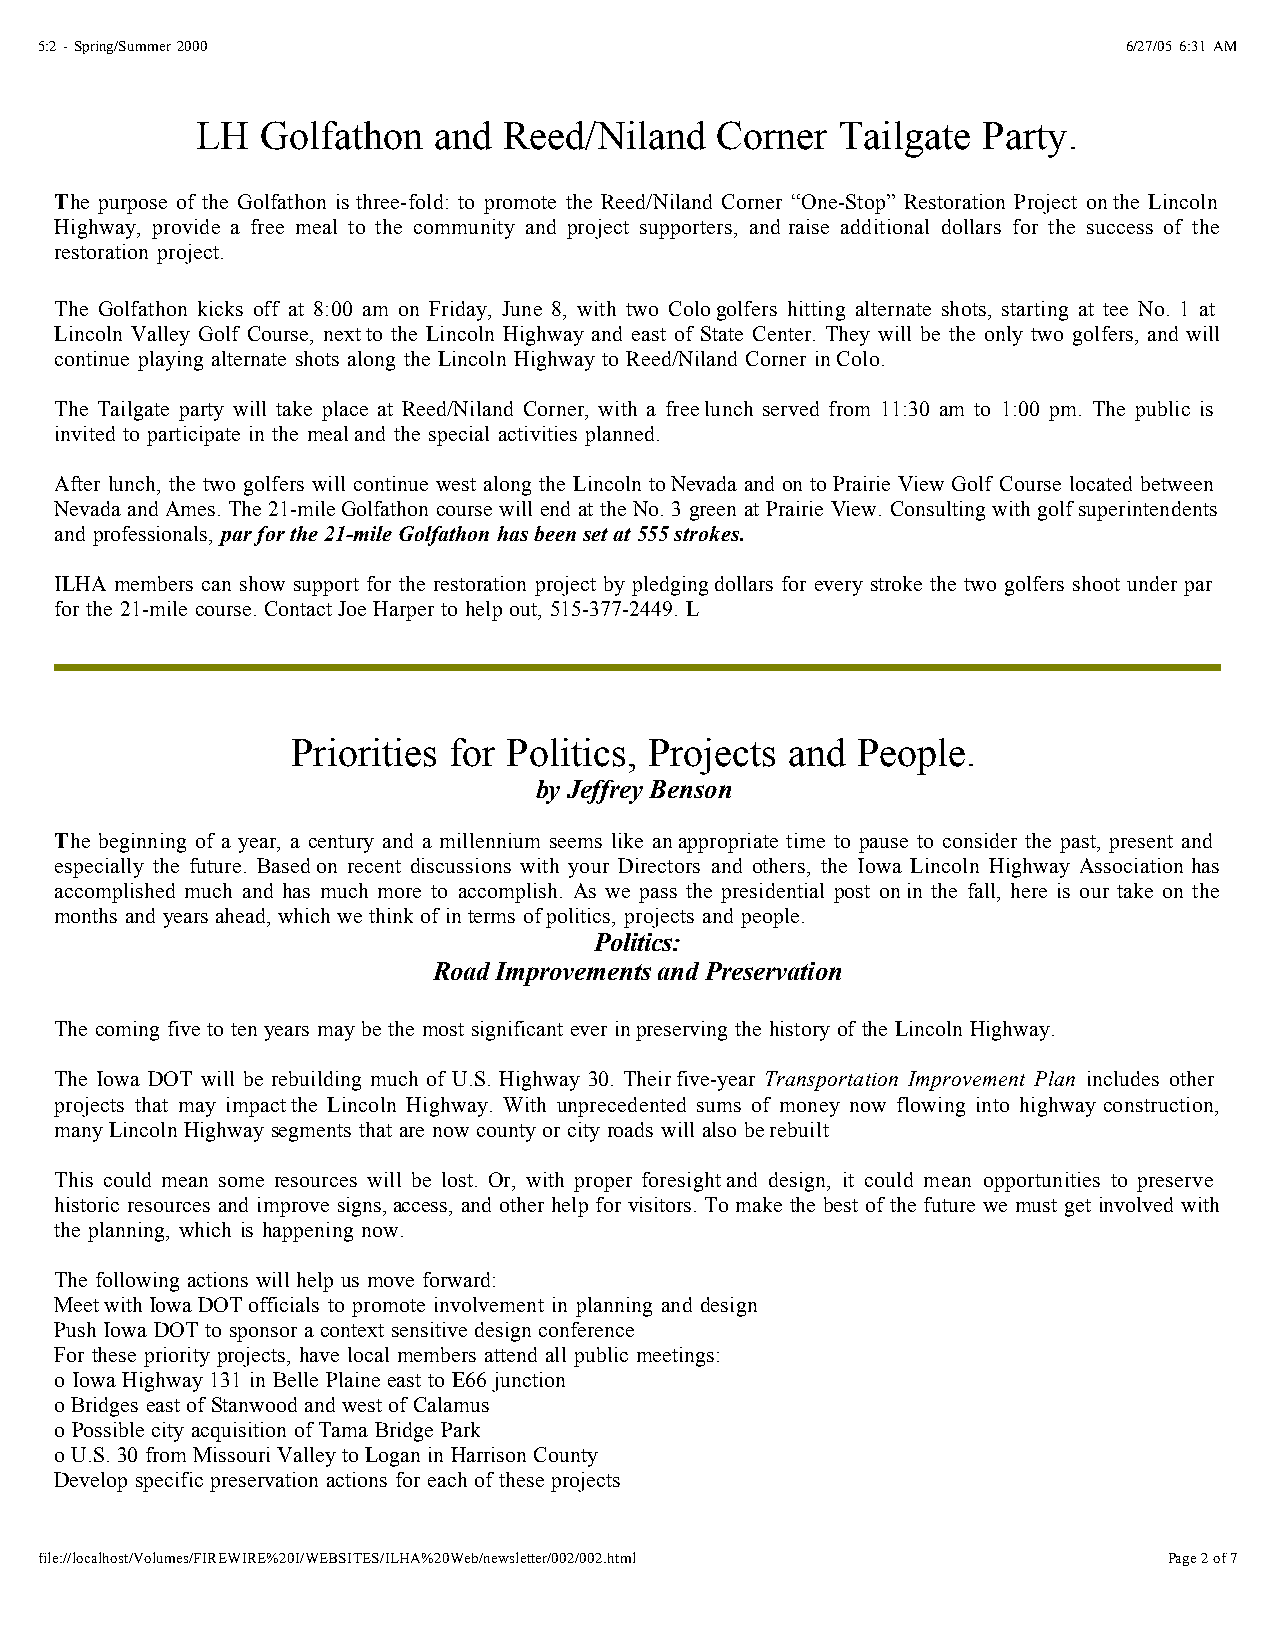
5:2 - Spring/Summer 2000                                                 6/27/05 6:31 AM
 LH  Golfathon   and Reed/Niland   Corner   Tailgate Party.
 The purpose of the Golfathon is three-fold: to promote the Reed/Niland Corner “One-Stop” Restoration Project onthe Lincoln
 Highway, provide a free meal to the community and project supporters, and raise additional dollars for the success of the
 restoration project.
 The Golfathon kicks off at 8:00 am on Friday, June 8, with two Cologolfers hitting alternate shots, starting at tee No. 1 at
 Lincoln Valley Golf Course, nextto the Lincoln Highway and east of State Center. They will be the only two golfers, and will
 continue playing alternate shots along the Lincoln Highway to Reed/Niland Corner inColo.
 The Tailgate party will take place at Reed/Niland Corner, with a freelunch served from 11:30 am to 1:00 pm. The public is
 invited to participate in the mealand the special activities planned.
 After lunch, the two golfers will continue west along the Lincoln toNevada and on to Prairie View Golf Course located between
 Nevada and Ames. The 21-mileGolfathon course will end at the No. 3 green at Prairie View. Consulting with golfsuperintendents
 and professionals, par for the 21-mile Golfathon has been set at 555strokes.
 ILHA members can show support for the restoration project by pledgingdollars for every stroke the two golfers shoot under par
 for the 21-mile course. ContactJoe Harper to help out, 515-377-2449. L
 Priorities for Politics, Projects and People.
 by Jeffrey Benson
 The beginning of a year, a century and a millennium seems like anappropriate time to pause to consider the past, present and
 especially the future. Basedon recent discussions with your Directors and others, the Iowa Lincoln Highway Association has
 accomplished much and has much more to accomplish. As we pass the presidential post onin the fall, here is our take on the
 months and years ahead, which we think of in terms ofpolitics, projects and people.
 Politics:
 Road Improvements and Preservation
 The coming five to ten years may be the most significant ever inpreserving the history of the Lincoln Highway.
 The Iowa DOT will be rebuilding much of U.S. Highway 30. Theirfive-year Transportation Improvement Plan includes other
 projects that may impactthe Lincoln Highway. With unprecedented sums of money now flowing into highway construction,
 many Lincoln Highway segments that are now county or city roads will also berebuilt
 This could mean some resources will be lost. Or, with proper foresightand design, it could mean opportunities to preserve
 historic resources and improve signs,access, and other help for visitors. To make the best of the future we must get involved with
 the planning, which is happening now.
 The following actions will help us move forward:
 Meet with Iowa DOTofficials to promote involvement in planning and design
 Push Iowa DOT to sponsor a context sensitive design conference
 For these priority projects, have local members attend all public meetings:
 o Iowa Highway 131 in Belle Plaine east to E66 junction
 o Bridges east of Stanwood and west of Calamus
 o Possible city acquisition of Tama Bridge Park
 o U.S. 30 from Missouri Valley to Logan in Harrison County
 Develop specific preservation actions for each of these projects
 file://localhost/Volumes/FIREWIRE%20I/WEBSITES/ILHA%20Web/newsletter/002/002.html Page 2 of 7